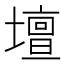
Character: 壇